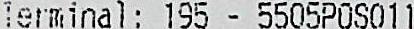
TERMINAL: 195 - 5505POS011